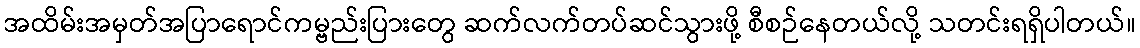
အထိမ်းအမှတ်အပြာရောင်ကမ္ဗည်းပြားတွေ ဆက်လက်တပ်ဆင်သွားဖို့ စီစဉ်နေတယ်လို့ သတင်းရရှိပါတယ်။